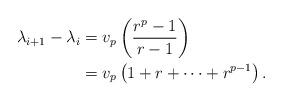
LaTeX: \begin{align*}\lambda_{i+1}-\lambda_i&=v_p\left(\frac{r^p-1}{r-1}\right)\\&=v_p\left(1+r+\dots+r^{p-1}\right).\end{align*}